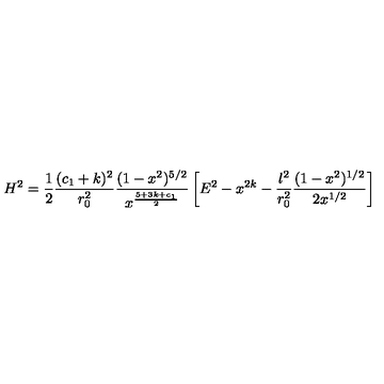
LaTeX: H ^ { 2 } = \frac { 1 } { 2 } \frac { ( c _ { 1 } + k ) ^ { 2 } } { r _ { 0 } ^ { 2 } } \frac { ( 1 - x ^ { 2 } ) ^ { 5 / 2 } } { x ^ { \frac { 5 + 3 k + c _ { 1 } } { 2 } } } \left[ E ^ { 2 } - x ^ { 2 k } - \frac { l ^ { 2 } } { r _ { 0 } ^ { 2 } } \frac { ( 1 - x ^ { 2 } ) ^ { 1 / 2 } } { 2 x ^ { 1 / 2 } } \right]